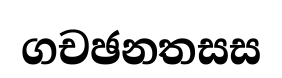
ගචඡනතසස